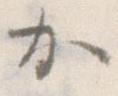
か